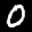
Label: 0